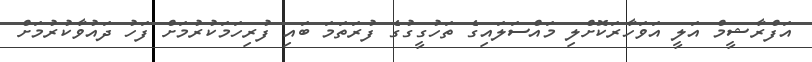
އަފްރާޝީމް އަލީ އަވަހާރަކޮށްލި މައްސަލައިގެ ތަހުގީގުގެ ފުރަތަމަ ބައި ފުރިހަމަކުުރުމަށް ފަހު ދައުވާކުރުމަށް